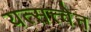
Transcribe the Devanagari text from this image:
यत्सत्त्वेन